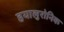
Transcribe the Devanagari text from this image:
हयालुरोनिक